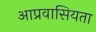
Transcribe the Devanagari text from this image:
आप्रवासियता